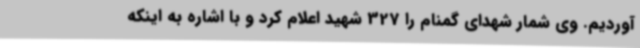
آوردیم. وی شمار شهدای گمنام را 327 شهید اعلام کرد و با اشاره به اینکه